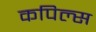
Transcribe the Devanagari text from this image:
कपिल्स